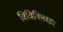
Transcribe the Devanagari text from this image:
विविक्तिकर